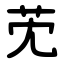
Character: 䒞